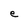
Character: e